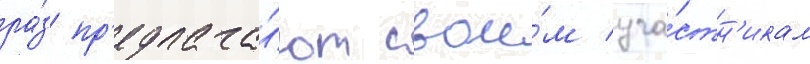
ра́з пр'едлага́ют свои́м уча́стн'икам